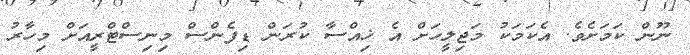
ނޫން ކަމަށެވެ. އެކަމަކު މަޖިލީހަށް އެ ޚިއްސާ ކުރަން ޑިފެންސް މިނިސްޓްރީއަށް މިހާރު